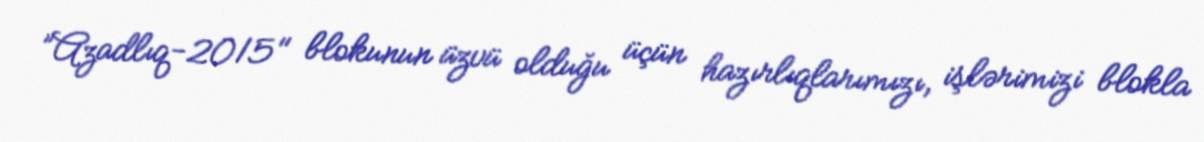
”Azadlıq-2015" blokunun üzvü olduğu üçün hazırlıqlarımızı, işlərimizi blokla